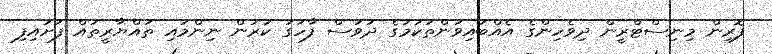
ފޮރިން މިނިސްޓްރީން ދިވެހިންގެ އެއްބައިވަންތަކަމުގެ ދުވަސް ފާހަގަ ކުރަން ނިންމައި ތައްޔާރީތައް ފަށައިފި